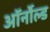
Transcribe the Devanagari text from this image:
ऑर्नोल्ड